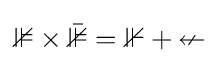
\mathbb {3} \times {\bar {\mathbb {3} }}=\mathbb {1} +\mathbb {8}